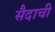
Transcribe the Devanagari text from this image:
सैदाची